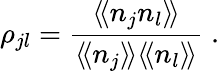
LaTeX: \rho_{jl}=\frac{\langle\! \langle n_{j}n_{l}\rangle\! \rangle}{\langle\! \langle n_{j}\rangle\! \rangle\langle\! \langle n_{l}\rangle\! \rangle}\; .